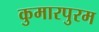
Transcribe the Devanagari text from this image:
कुमारपुरम